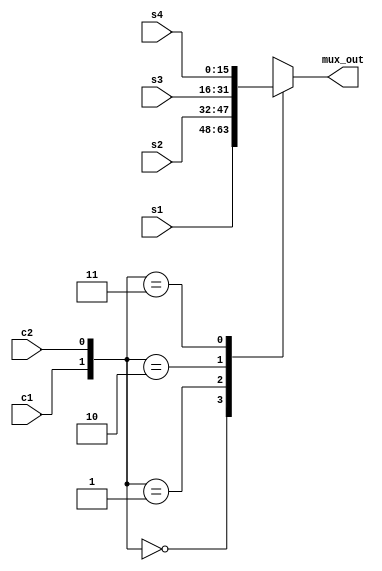
module mux4_1(input [15:0] s1
            , input [15:0] s2
            , input [15:0] s3
            , input [15:0] s4
            , input c1
            , input c2
            , output reg [15:0] mux_out);

always@(*)
begin
    case({c1,c2})
    2'b00: mux_out = s1;
    2'b01: mux_out = s2;
    2'b10: mux_out = s3;
    2'b11: mux_out = s4;
    endcase
end
endmodule